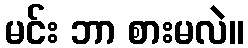
မင်း ဘာ စားမလဲ။